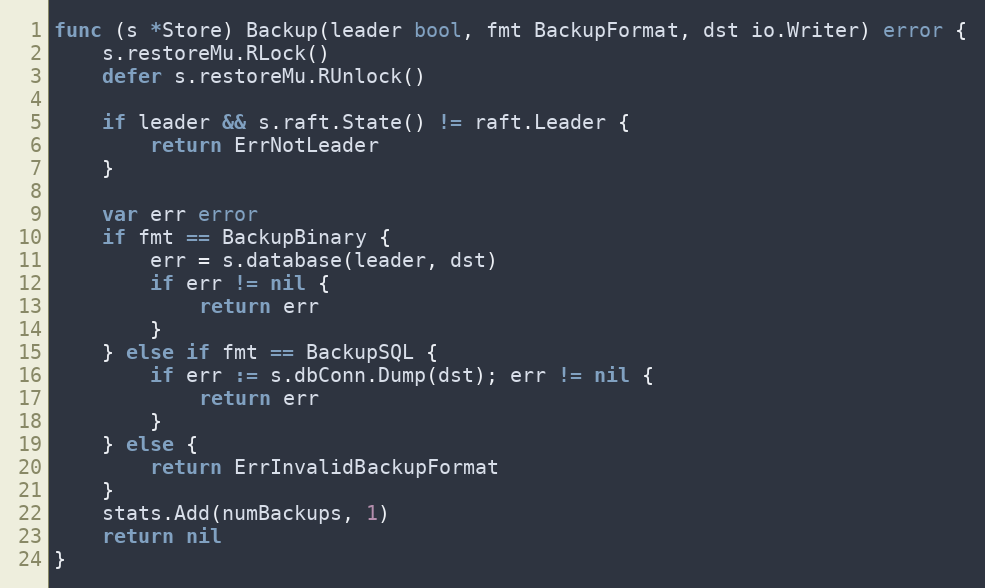
Language: Go
func (s *Store) Backup(leader bool, fmt BackupFormat, dst io.Writer) error {
	s.restoreMu.RLock()
	defer s.restoreMu.RUnlock()

	if leader && s.raft.State() != raft.Leader {
		return ErrNotLeader
	}

	var err error
	if fmt == BackupBinary {
		err = s.database(leader, dst)
		if err != nil {
			return err
		}
	} else if fmt == BackupSQL {
		if err := s.dbConn.Dump(dst); err != nil {
			return err
		}
	} else {
		return ErrInvalidBackupFormat
	}
	stats.Add(numBackups, 1)
	return nil
}